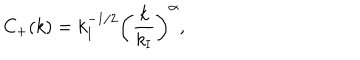
C _ { + } ( k ) = k _ { \mathrm { I } } ^ { - 1 / 2 } \left( \frac { k } { k _ { \mathrm { I } } } \right) ^ { \alpha } ,